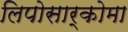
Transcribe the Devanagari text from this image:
लिपोसार्कोमा